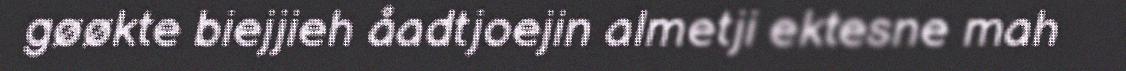
gøøkte biejjieh åadtjoejin almetji ektesne mah